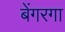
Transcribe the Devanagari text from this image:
बेंगरगा